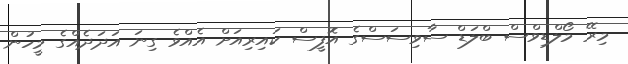
މިރޭ މޯލްޑިވްސް ބްލަޑް ސާވިސަސްގެ އޮފީސް ކައިރިއަށް އެއްވެ ގިނަ އަދަދެއްގެ މީހުން